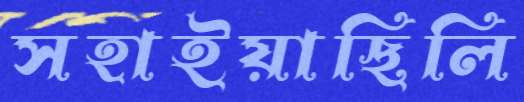
সহাইয়াছিলি